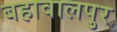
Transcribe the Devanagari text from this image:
बहावालपुर